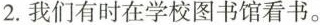
2.我们有时在学校图书馆看书。